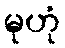
မုဟုံ